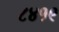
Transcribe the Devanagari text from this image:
८४१९